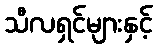
သီလရှင်များနှင့်